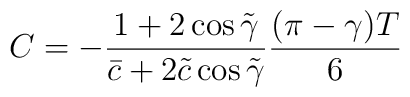
C = - \frac{1+2\cos\tilde{\gamma}}{\bar{c}+2\tilde{c}\cos\tilde{\gamma}}\frac{(\pi-\gamma)T}{6}